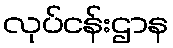
လုပ်ငန်းဌာန